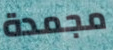
مجمدة